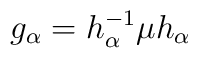
g_\alpha=h^{-1}_\alpha \mu h_\alpha